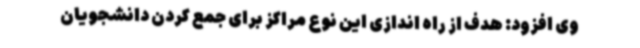
وی افزود: هدف از راه اندازی این نوع مراکز برای جمع کردن دانشجویان